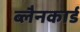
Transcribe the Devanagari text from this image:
ब्लैनकार्ड